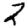
Digit: 2